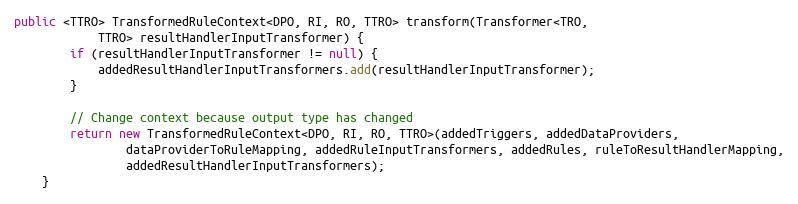
Language: Java
public <TTRO> TransformedRuleContext<DPO, RI, RO, TTRO> transform(Transformer<TRO,
            TTRO> resultHandlerInputTransformer) {
        if (resultHandlerInputTransformer != null) {
            addedResultHandlerInputTransformers.add(resultHandlerInputTransformer);
        }

        // Change context because output type has changed
        return new TransformedRuleContext<DPO, RI, RO, TTRO>(addedTriggers, addedDataProviders,
                dataProviderToRuleMapping, addedRuleInputTransformers, addedRules, ruleToResultHandlerMapping,
                addedResultHandlerInputTransformers);
    }